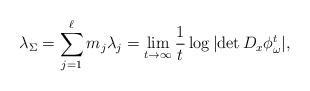
LaTeX: \begin{align*}\lambda_\Sigma = \sum_{j=1}^\ell m_j \lambda_j = \lim_{t \to \infty} \frac{1}{t} \log | \mathrm{det} \, D_x \phi^t_\omega |, \end{align*}